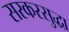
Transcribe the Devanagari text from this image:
सरकरसुद्धा